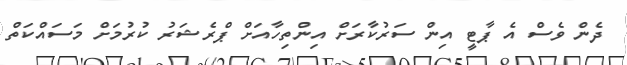
ދެން ވެސް އެ ޕާޓީ އިން ސަރުކާރަށް އިންތިހާއަށް ޕްރެޝަރު ކުރުމަށް މަސައްކަތް